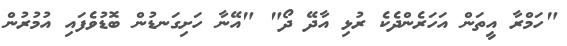
"ހަމްރާ އީތަން އަހަރެންދެކެ ރުޅި އާދޭ ދޯ" "އޭނާ ހަށިގަނޑުން ބޮޑުވެފައި އުމުރުން